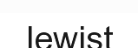
lewist